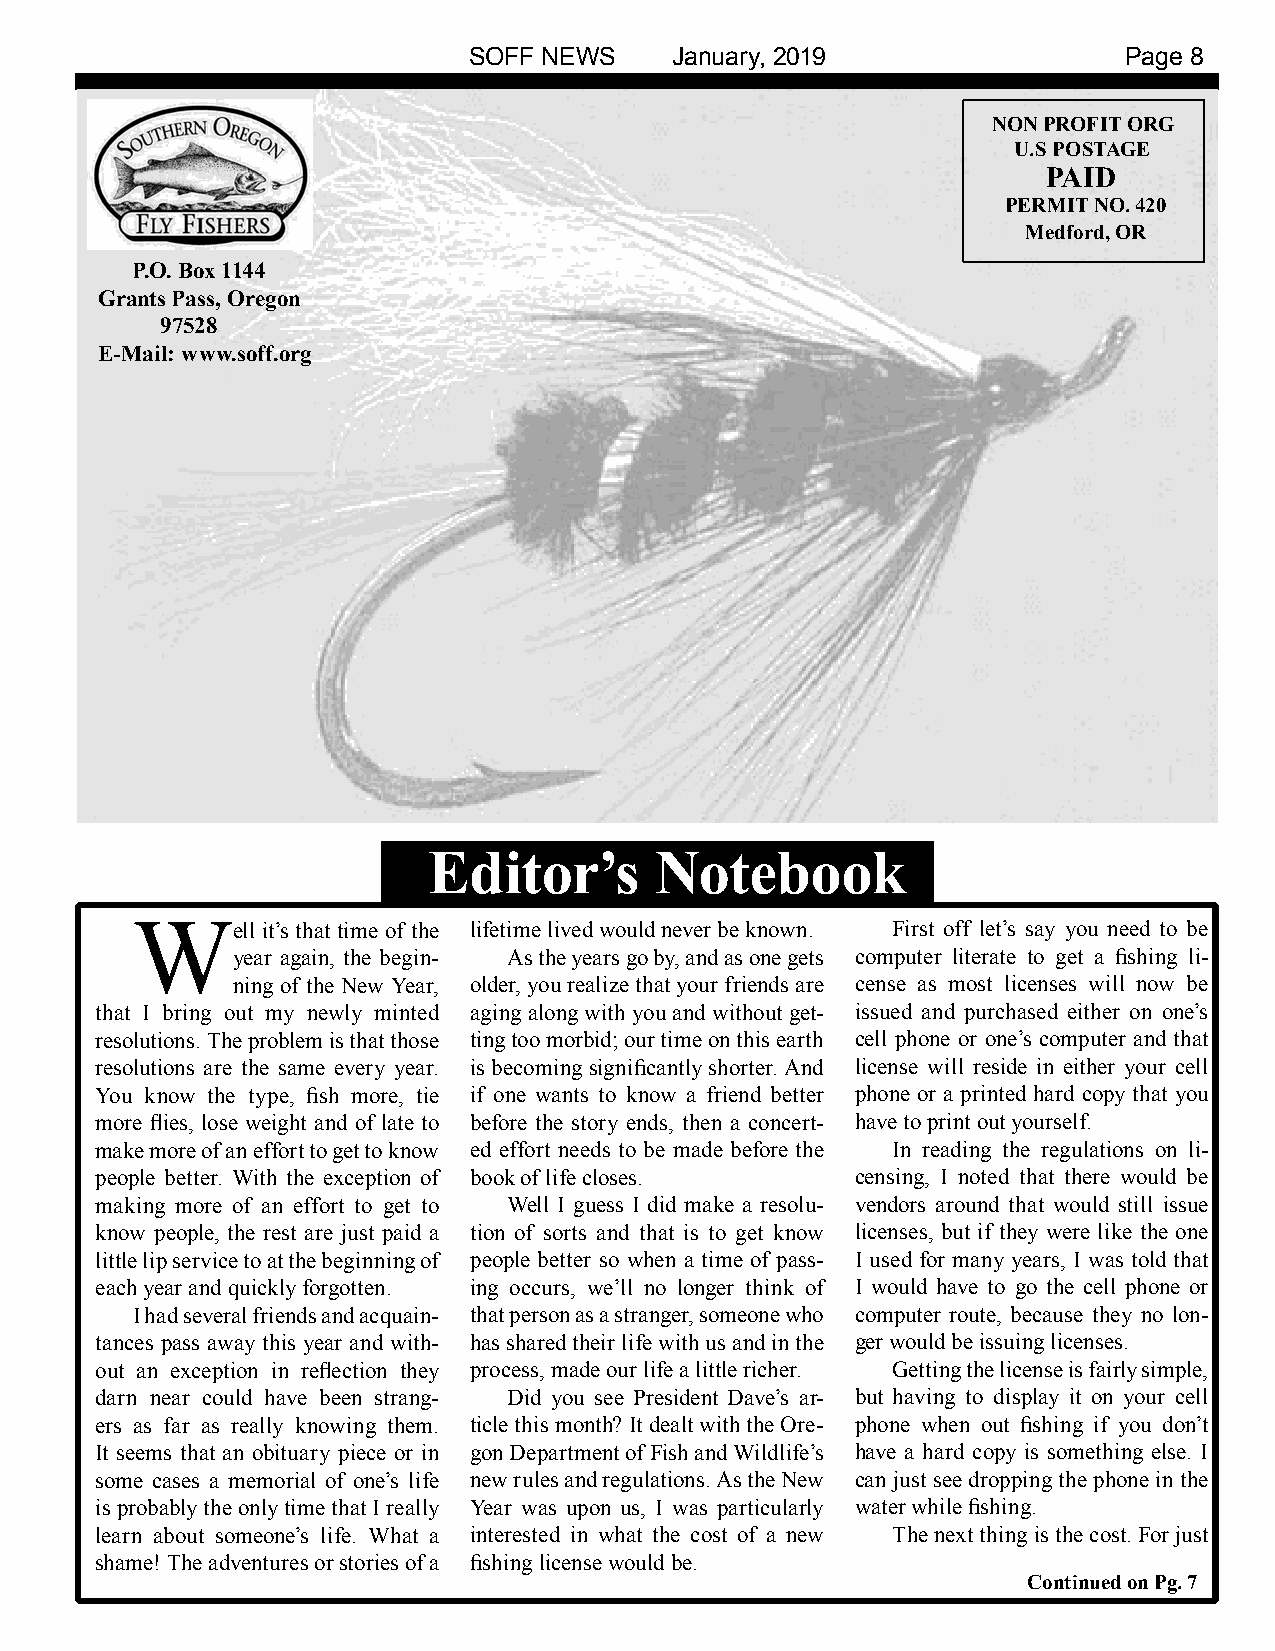
SOFF NEWS     January, 2019                 Page 8
 NON PROFIT ORG
 U.S POSTAGE
 PAID
 PERMIT NO. 420
 Medford, OR
 P.O. Box 1144
 Grants Pass, Oregon
 97528
 E-Mail: www.soff.org
 Editor’s       Notebook
 Well    it’s that time of the lifetime lived would never be known. First off let’s say you need to be
 year again, the begin- As the years go by, and as one gets computer literate to get a fishing li-
 ning of the New Year, older, you realize that your friends are cense as most licenses will now be
 that I bring out my newly minted aging along with you and without get- issued and purchased either on one’s
 resolutions. The problem is that those ting too morbid; our time on this earth cell phone or one’s computer and that
 resolutions are the same every year. is becoming significantly shorter. And license will reside in either your cell
 You know the type, fish more, tie if one wants to know a friend better phone or a printed hard copy that you
 more flies, lose weight and of late to before the story ends, then a concert- have to print out yourself.
 make more of an effort to get to know ed effort needs to be made before the In reading the regulations on li-
 people better. With the exception of book of life closes. censing, I noted that there would be
 making more of an effort to get to Well I guess I did make a resolu- vendors around that would still issue
 know people, the rest are just paid a tion of sorts and that is to get know licenses, but if they were like the one
 little lip service to at the beginning of people better so when a time of pass- I used for many years, I was told that
 each year and quickly forgotten. ing occurs, we’ll no longer think of I would have to go the cell phone or
 I had several friends and acquain- that person as a stranger, someone who computer route, because they no lon-
 tances pass away this year and with- has shared their life with us and in the ger would be issuing licenses.
 out an exception in reflection they process, made our life a little richer. Getting the license is fairly simple,
 darn near could have been strang- Did you see President Dave’s ar- but having to display it on your cell
 ers as far as really knowing them. ticle this month? It dealt with the Ore- phone when out fishing if you don’t
 It seems that an obituary piece or in gon Department of Fish and Wildlife’s have a hard copy is something else. I
 some cases a memorial of one’s life new rules and regulations. As the New can just see dropping the phone in the
 is probably the only time that I really Year was upon us, I was particularly water while fishing.
 learn about someone’s life. What a interested in what the cost of a new The next thing is the cost. For just
 shame! The adventures or stories of a fishing license would be.
 Continued on Pg. 7